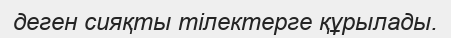
деген сияқты тiлектерге құрылады.